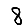
Digit: 8